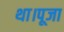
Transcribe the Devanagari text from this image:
था।पूजा